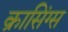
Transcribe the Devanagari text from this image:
क्रासिंग्स